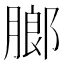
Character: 𬛋